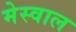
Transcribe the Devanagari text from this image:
मेस्वाल